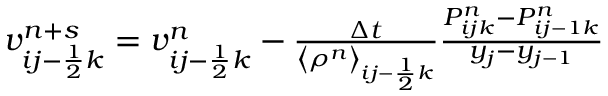
\begin{array} { r } { v _ { i j - \frac { 1 } { 2 } k } ^ { n + s } = v _ { i j - \frac { 1 } { 2 } k } ^ { n } - \frac { \Delta t } { \left< \rho ^ { n } \right> _ { i j - \frac { 1 } { 2 } k } } \frac { P _ { i j k } ^ { n } - P _ { i j - 1 k } ^ { n } } { y _ { j } - y _ { j - 1 } } } \end{array}